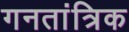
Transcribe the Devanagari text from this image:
गनतांत्रिक